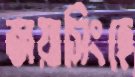
জয়াসিংহে